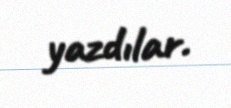
yazdılar.